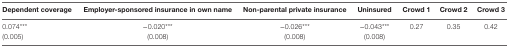
<table><thead><tr><td><b>Dependent coverage</b></td><td><b>Employer-sponsored insurance in own name</b></td><td><b>Non-parental private insurance</b></td><td><b>Uninsured</b></td><td><b>Crowd 1</b></td><td><b>Crowd 2</b></td><td><b>Crowd 3</b></td></tr></thead><tbody><tr><td>0.074***</td><td>−0.020***</td><td>−0.026***</td><td>−0.043***</td><td>0.27</td><td>0.35</td><td>0.42</td></tr><tr><td>(0.005)</td><td>(0.008)</td><td>(0.008)</td><td>(0.008)</td><td></td><td></td><td></td></tr></tbody></table>